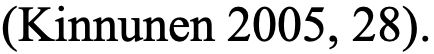
(Kinnunen 2005, 28).